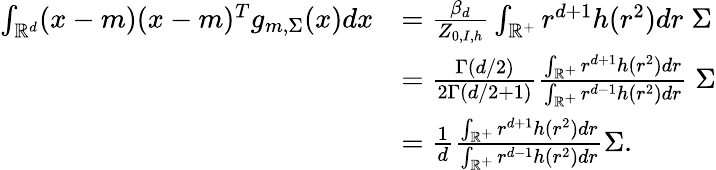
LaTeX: \begin{array}{rl}{\int_{\mathbb{R}^{d}}(x-m)(x-m)^{T}g_{m,\Sigma}(x)dx}&{=\frac{\beta_{d}}{Z_{0,I,h}}\int_{\mathbb{R}^{+}}r^{d+1}h(r^{2})dr\; \Sigma}\\ &{=\frac{\Gamma(d/2)}{2\Gamma(d/2+1)}\frac{\int_{\mathbb{R}^{+}}r^{d+1}h(r^{2})dr}{\int_{\mathbb{R}^{+}}r^{d-1}h(r^{2})dr}\; \Sigma}\\ &{=\frac{1}{d}\frac{\int_{\mathbb{R}^{+}}r^{d+1}h(r^{2})dr}{\int_{\mathbb{R}^{+}}r^{d-1}h(r^{2})dr}\Sigma.}\end{array}